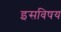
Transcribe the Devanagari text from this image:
इसविषय